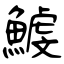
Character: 鰬